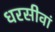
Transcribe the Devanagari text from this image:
धरसीवां